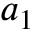
a _ { 1 }